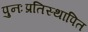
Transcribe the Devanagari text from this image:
पुनःप्रतिस्थापित